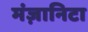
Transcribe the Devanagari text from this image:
मंज़ानिटा